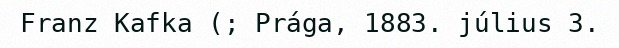
Franz Kafka (; Prága, 1883. július 3.